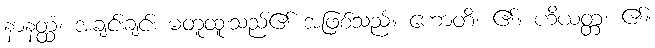
နာနတ္ထံ၊ အချင်းချင်း မတူထူးသည်၏ အဖြစ်သည်။ ဟောတိ၊ ၏။ ဟိယတ္တံ၊ ၏။